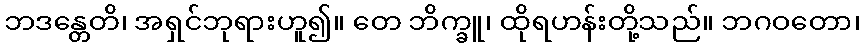
ဘဒန္တေတိ၊ အရှင်ဘုရားဟူ၍။ တေ ဘိက္ခူ၊ ထိုရဟန်းတို့သည်။ ဘဂဝတော၊